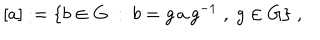
[ a ] : = \{ b \in G ~ : ~ b = g \, a \, g ^ { - 1 } \; , ~ g \in G \} \; ,